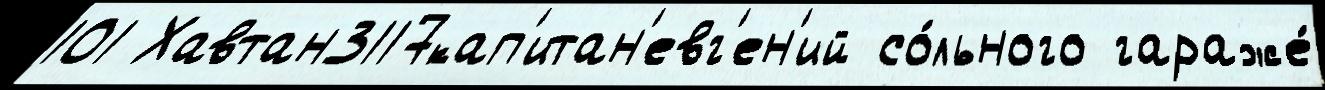
101 Хавтан3117кап'итан'евг'ен'ий со́льного гараже́